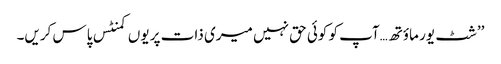
’’شٹ یور ماؤتھ…آپ کو کوئی حق نہیں میری ذات پر یوں کمنٹس پاس کریں۔